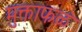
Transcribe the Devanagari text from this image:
मुक्ताफळं